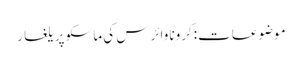
موضوعات:کرونا وائرس کی ماسکو پر یلغار